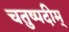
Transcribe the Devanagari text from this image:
चतुष्पदीम्